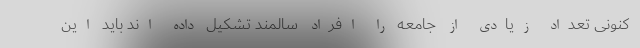
کنونی تعداد زیادی از جامعه را افراد سالمند تشکیل داده اند باید این